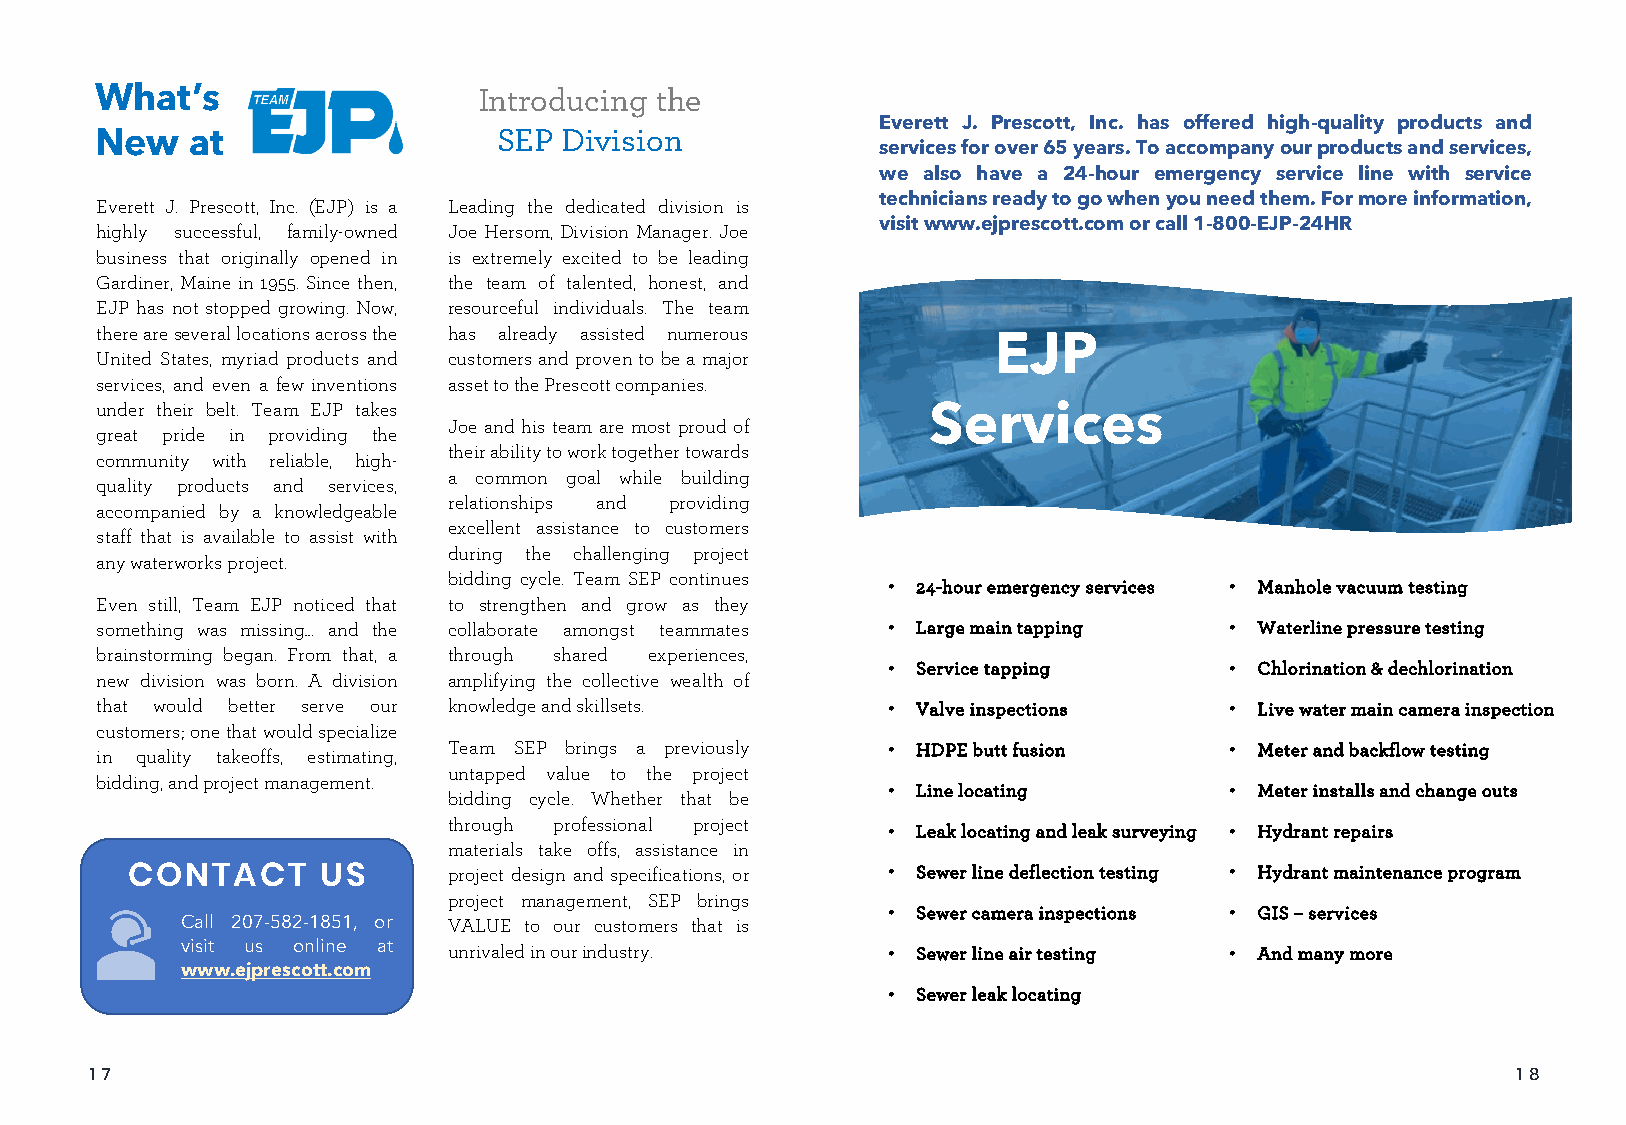
What’s                    Introducing the
 Everett J. Prescott, Inc. has offered high-quality products and
 New   at                   SEP Division
 servicesforover65years.Toaccompanyourproductsandservices,
 we also have a 24-hour emergency service line with service
 techniciansreadytogowhenyouneedthem.Formoreinformation,
 Everett J. Prescott, Inc. (EJP) is a Leading the dedicated division is
 visitwww.ejprescott.comorcall1-800-EJP-24HR
 highly successful, family-owned Joe Hersom, Division Manager. Joe
 business that originally opened in is extremely excited to be leading
 Gardiner, Maine in 1955. Since then, the team of talented, honest, and
 EJP has not stopped growing. Now, resourceful individuals. The team
 thereareseverallocationsacrossthe has already assisted numerous EJP
 United States, myriad products and customersandproventobea major
 services, and even a few inventions assettothePrescottcompanies.
 under their belt. Team EJP takes                       Services
 Joe and his team are most proud of
 great pride in providing the
 theirabilitytoworktogethertowards
 community with reliable, high-
 a common goal while building
 quality products and services,
 relationships and providing
 accompanied by a knowledgeable
 excellent assistance to customers
 staff that is available to assist with
 during the challenging project
 anywaterworksproject.
 bidding cycle. Team SEP continues
 • 24-hour emergency services • Manhole vacuum testing
 Even still, Team EJP noticed that to strengthen and grow as they
 something was missing… and the collaborate amongst teammates • Large main tapping • Waterline pressure testing
 brainstorming began. From that, a through shared experiences,
 • Service tapping     • Chlorination & dechlorination
 new division was born. A division amplifying the collective wealth of
 that would better serve our knowledgeandskillsets.   • Valve inspections   • Live water main camera inspection
 customers;onethatwouldspecialize
 in quality takeoffs, estimating, Team SEP brings a previously • HDPE butt fusion • Meter and backflow testing
 untapped value to the project
 bidding,andprojectmanagement.
 bidding cycle. Whether that be • Line locating     • Meter installs and change outs
 through professional project
 • Leak locating and leak surveying • Hydrant repairs
 materials take offs, assistance in
 project design and specifications, or • Sewer line deflection testing • Hydrant maintenance program
 CONTACT      US
 project management, SEP brings
 • Sewer camera inspections • GIS –services
 Call 207-582-1851, or VALUE to our customers that is
 visit us online at unrivaledinourindustry.     • Sewer line air testing • And many more
 www.ejprescott.com
 • Sewer leak locating
 1 7                                                                                           1 8